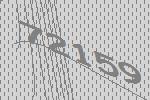
72159